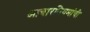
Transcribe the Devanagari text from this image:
आचारनियमांची